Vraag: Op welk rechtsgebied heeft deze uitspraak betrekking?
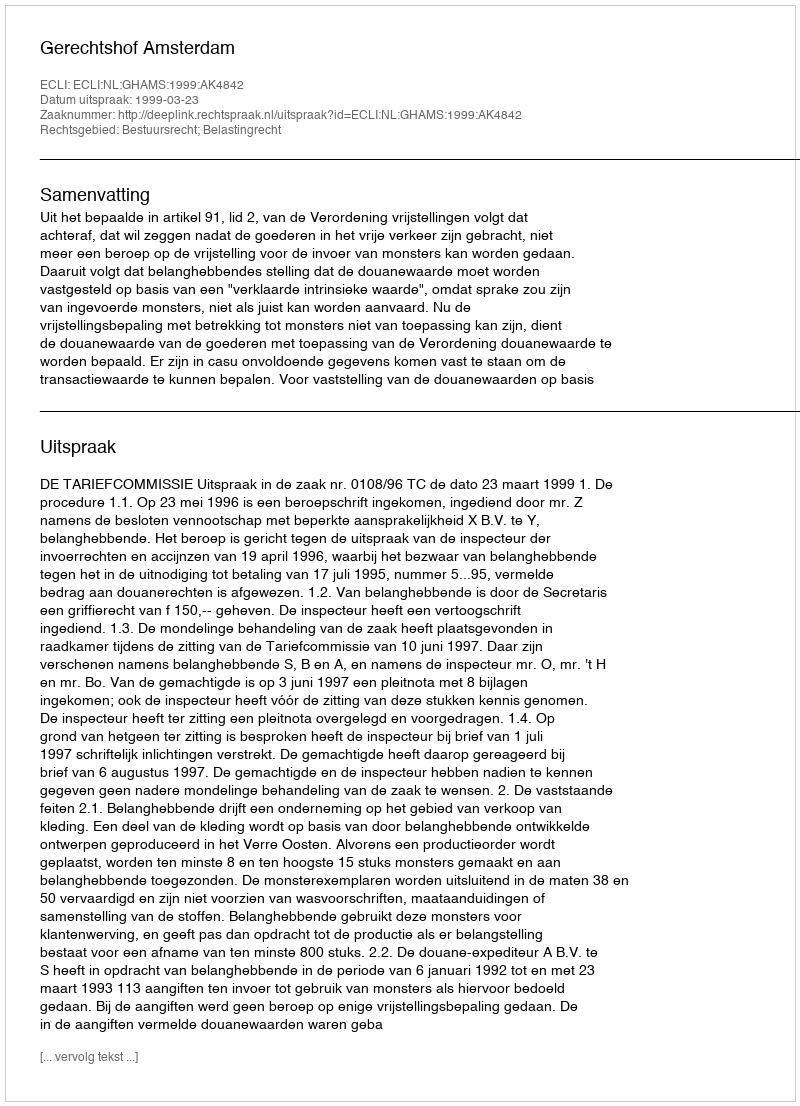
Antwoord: Bestuursrecht; Belastingrecht